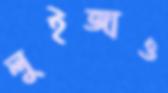
লুইজাও